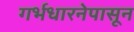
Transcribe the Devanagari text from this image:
गर्भधारनेपासून